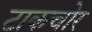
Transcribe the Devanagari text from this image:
टाकचोर